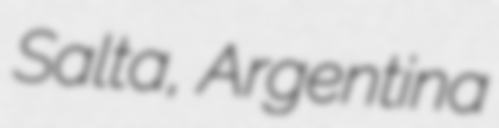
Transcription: Salta, Argentina